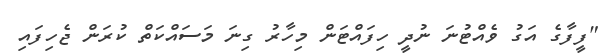
"ފީފާގެ އަގު ވެއްޓުނަ ނުދީ ހިފައްޓަން މިހާރު ގިނަ މަސައްކަތް ކުރަން ޖެހިފައި